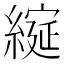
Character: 𮈶